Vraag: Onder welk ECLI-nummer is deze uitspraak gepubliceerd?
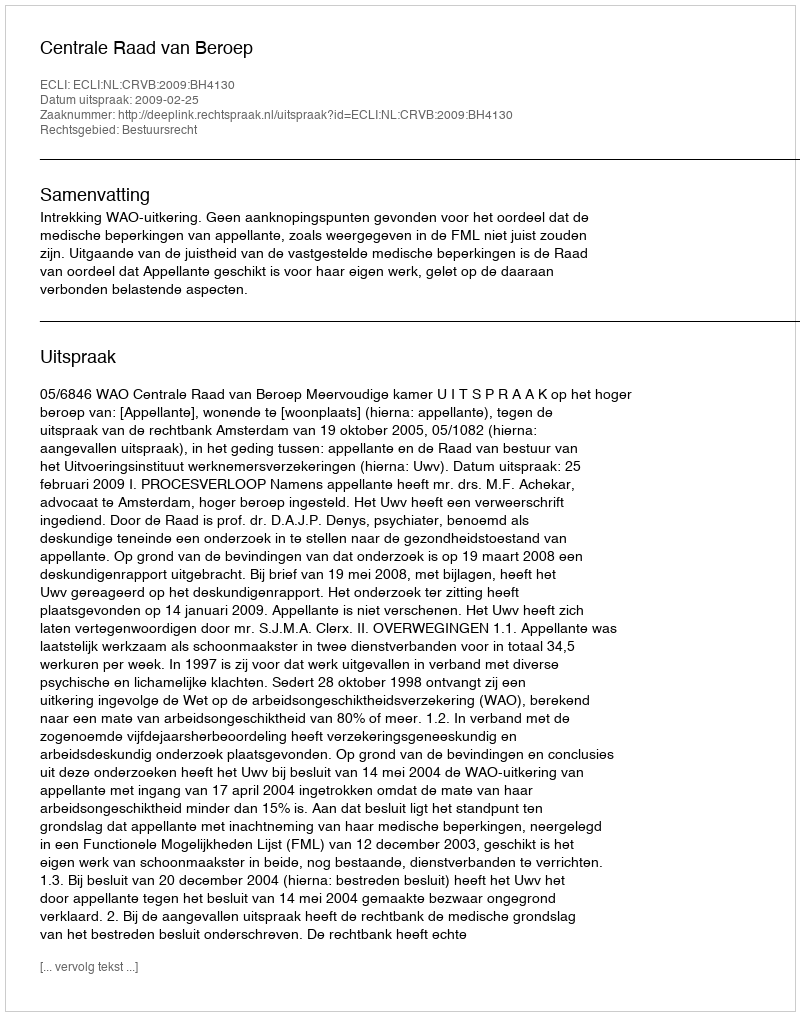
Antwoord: ECLI:NL:CRVB:2009:BH4130